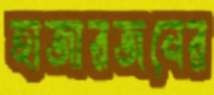
হাজারজনের